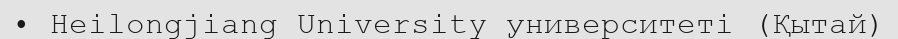
• Heilongjiang University университеті (Қытай)